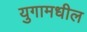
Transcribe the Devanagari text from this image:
युगामधील